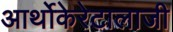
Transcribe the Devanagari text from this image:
आर्थोकेरेटालाजी